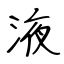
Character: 液